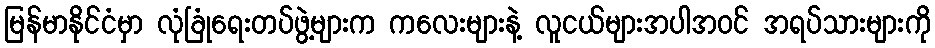
မြန်မာနိုင်ငံမှာ လုံခြုံရေးတပ်ဖွဲ့များက ကလေးများနဲ့ လူငယ်များအပါအဝင် အရပ်သားများကို